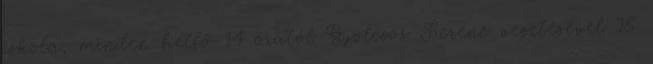
iskola, minden hétfő 14 órától Gyolcsos Ferenc vezetésével 15